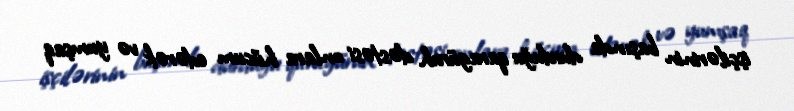
işçilərinin başında durduğu qaragüruh dəstəsi onlara hücum edərək və yumşaq